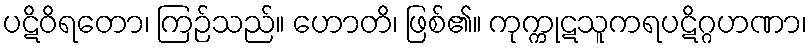
ပဋိဝိရတော၊ ကြဉ်သည်။ ဟောတိ၊ ဖြစ်၏။ ကုက္ကုဋသူကရပဋိဂ္ဂဟဏာ၊